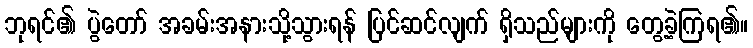
ဘုရင်၏ ပွဲတော် အခမ်းအနားသို့သွားရန် ပြင်ဆင်လျက် ရှိသည်များကို တွေ့ခဲ့ကြရ၏။